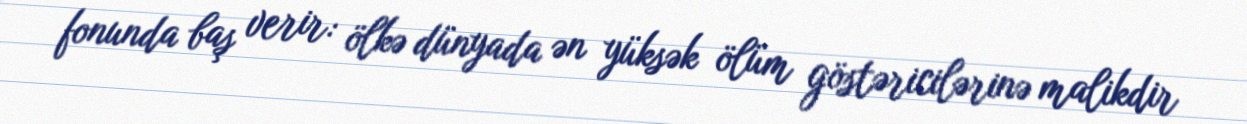
fonunda baş verir: ölkə dünyada ən yüksək ölüm göstəricilərinə malikdir